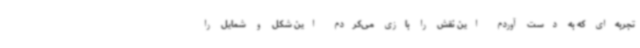
تجربه‌ای که به دست آوردم این نقش را بازی می‌کردم این شکل و شمایل را